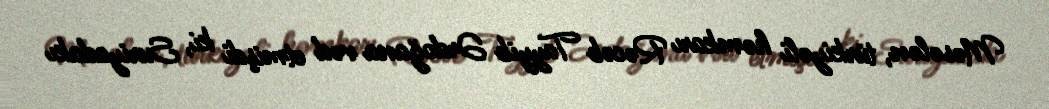
Məsələn, türkiyəli həmkarı Rəcəb Tayyib Ərdoğana vəd etmişdi ki, Suriyadakı